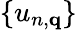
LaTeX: \{ u_{n,{\mathbf q}}\}